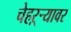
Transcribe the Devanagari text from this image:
चेहऱ्र्‍यावर